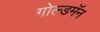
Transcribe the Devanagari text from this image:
गोल्डमॅन